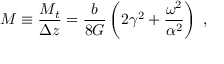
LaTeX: M \equiv \frac { M _ { t } } { \Delta z } = \frac { b } { 8 G } \left( 2 \gamma ^ { 2 } + \frac { \omega ^ { 2 } } { \alpha ^ { 2 } } \right) \; ,